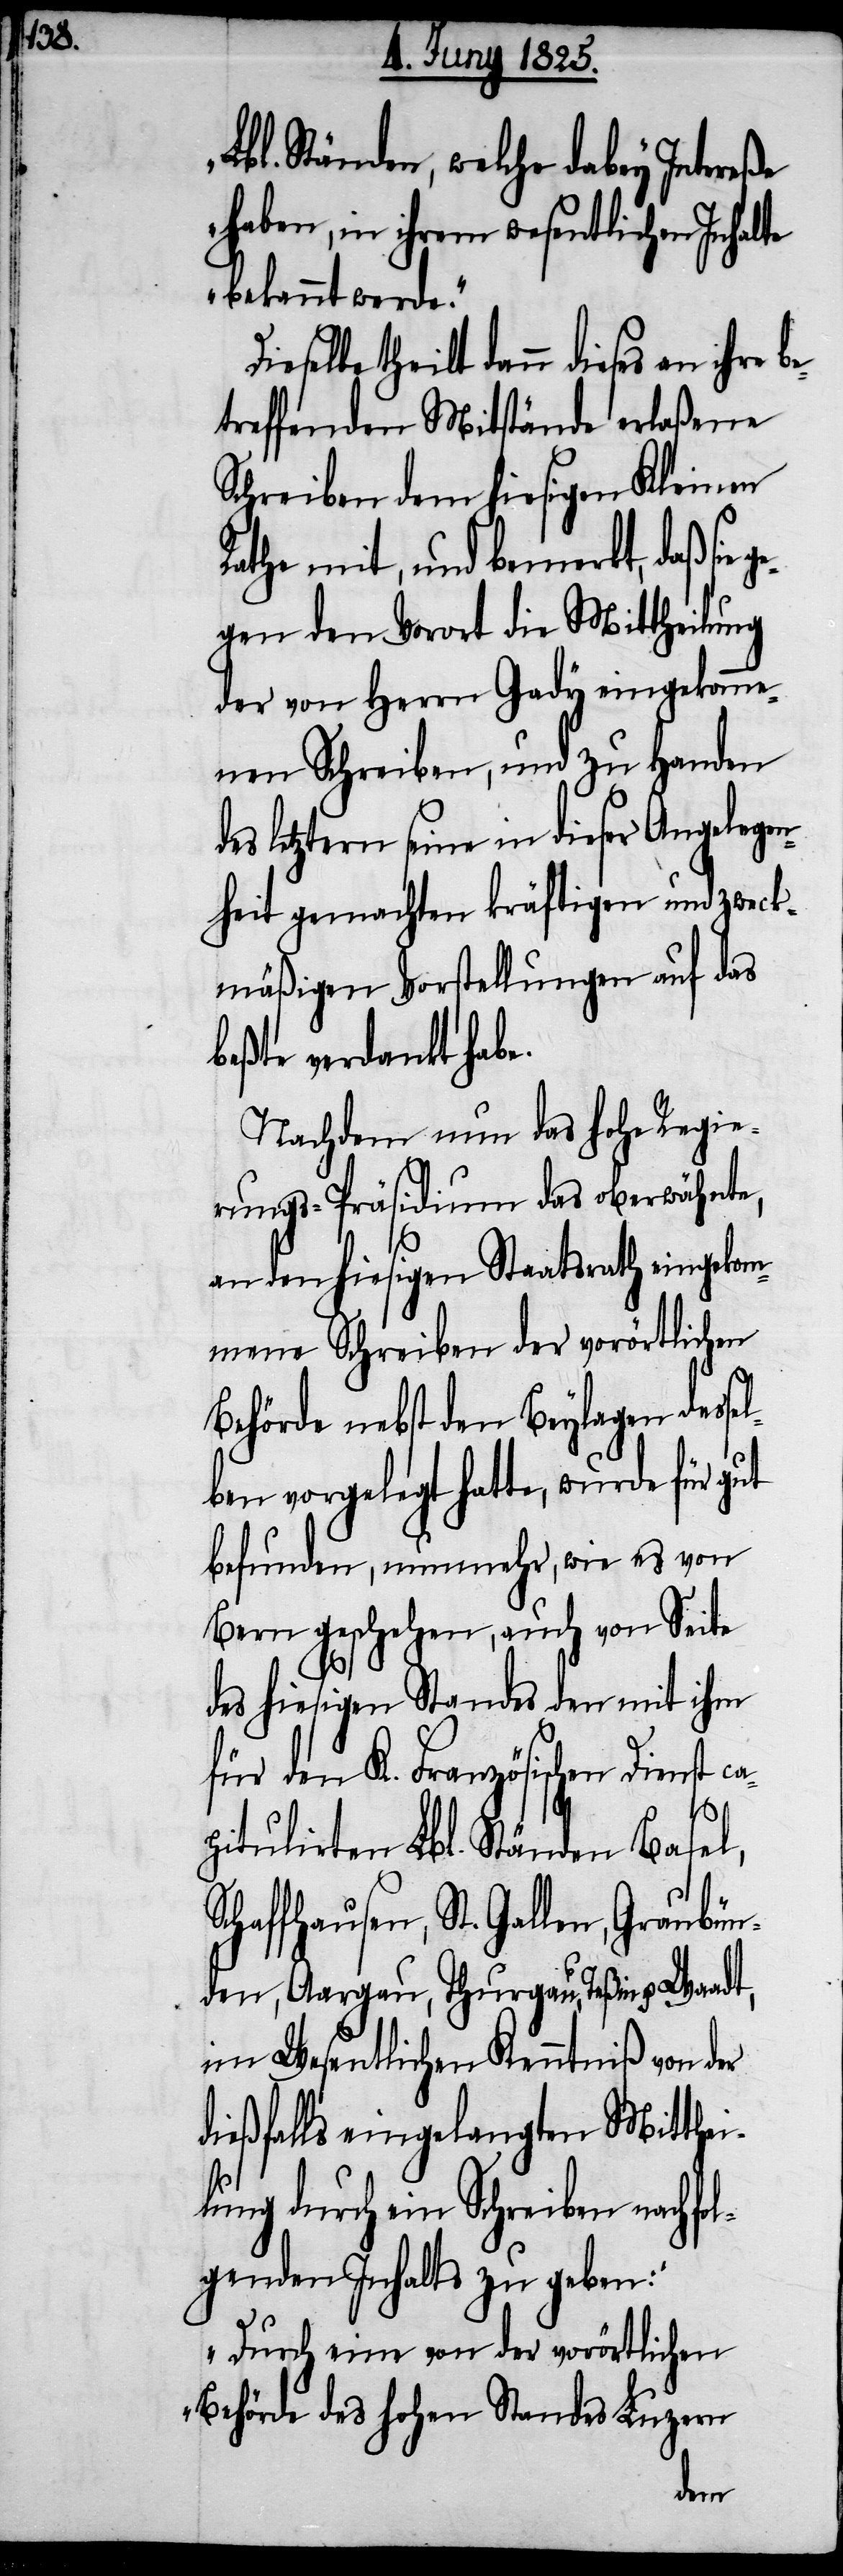
S¬

Lbl. Ständen, welche dabey Intereße
haben, in ihrem wesentlichen Inhal¬
bekannt werde.“
Dieselbe theilt dann dieses an ihre
treffenden Mitstände erlaßene
Schreiben dem hiesigen Kleinen
Rathe mit, und bemerkt, daß sie
gegen den Vorort die Mittheilung
der von Herrn Gady eingekomme¬
nen Schreiben, und zu Handen
letztern seine in dieser Angelege¬
nheit gemachten kräftigen und zweck¬
mäßigen Vorstellungen auf das
beßte verdankt habe.
Nachdem nun das hohe Regie¬
rungs-Präsidium das oberwähnte,
an den hiesigen Staatsrathe eingekom¬
mene Schreiben der vorörtlichen
Behörde nebst den Beylagen desse¬
lben vorgelegt hatte, wurde für gut
befunden, nunmehr, wie es von
Bern geschehen, auch von Seite
des hiesigen Standes den mit ihm
für den K. Französischen Dienst c¬
apitulirten Lbl. Ständen Basel,
chaffhausen, St. Gallen, Graubün¬
den, Aargau, Thurgau, Teßin u.
im Wesentlichen Kenntniß von der
dießfalls eingelangten Mitthei¬
lung durch ein Schreiben nachfol¬
genden Inhalts zu geben:
„Durch eine von der vorörtlichen
Behörde des hohen Standes Luzern
be¬